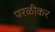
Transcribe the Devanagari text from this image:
परळीकर